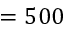
= 5 0 0